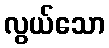
လွယ်သော